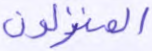
المنزلون